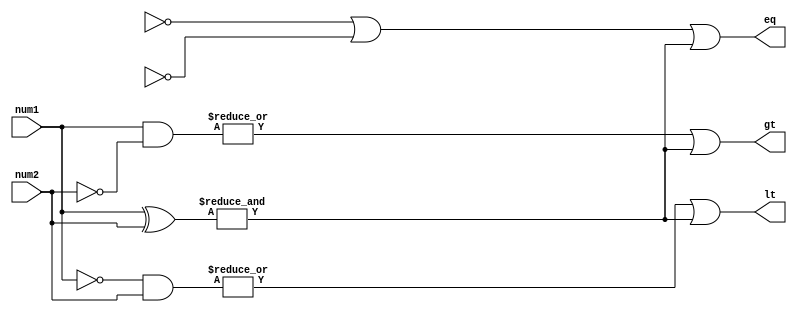
module parallel_comparator (
    input [7:0] num1,
    input [7:0] num2,
    output gt,  // greater than flag
    output lt,  // less than flag
    output eq   // equal flag
);

wire [7:0] xor_result;
wire [7:0] and_result_gt;
wire [7:0] and_result_lt;

assign xor_result = num1 ^ num2;
assign and_result_gt = num1 & ~num2;
assign and_result_lt = ~num1 & num2;

assign gt = |and_result_gt | (&xor_result);
assign lt = |and_result_lt | (&xor_result);
assign eq = (&(~or_result_gt | ~or_result_lt) | (&xor_result));

endmodule